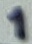
Text: 1